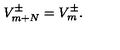
V _ { m + N } ^ { \pm } = V _ { m } ^ { \pm } .